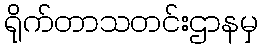
ရိုက်တာသတင်းဌာနမှ